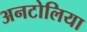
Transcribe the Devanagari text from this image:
अनटोलिया